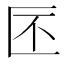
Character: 𠤯